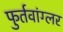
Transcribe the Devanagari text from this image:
फुर्तवांग्लर